Problem: 50 + 52 = ?
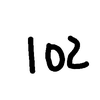
Handwritten answer: 102